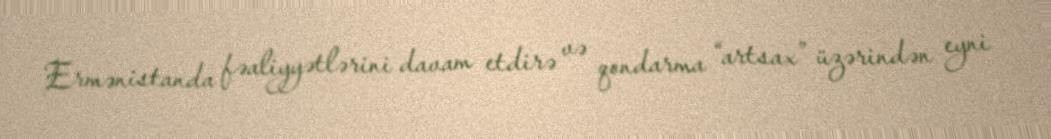
Ermənistanda fəaliyyətlərini davam etdirə və qondarma “artsax” üzərindən eyni